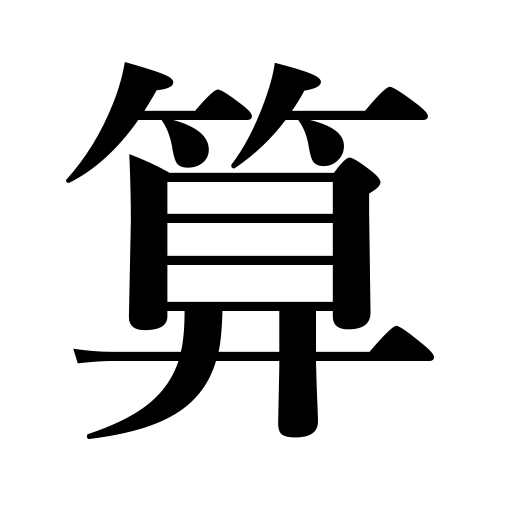
Meanings: calculation,probability,number,abacus,plan,divining block